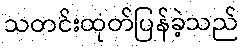
သတင်းထုတ်ပြန်ခဲ့သည်